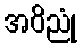
အဝိညုံ